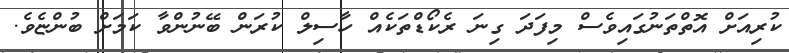
ކުރިއަށް އޮތްތަނުގައިވެސް މިފަދަ ގިނަ ރެކޯޑްތަކެއް ހާސިލް ކުރަން ބޭނުންވާ ކަމަށް ބުންޏެވެ.